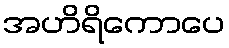
အဟိရိကောပေ